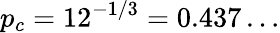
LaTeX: p_{c}=12^{-1/3}=0.437\ldots